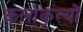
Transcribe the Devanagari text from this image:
कलाकृत्यों